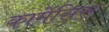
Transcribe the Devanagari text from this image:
कामेंसिस